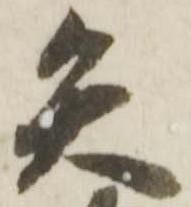
矢